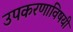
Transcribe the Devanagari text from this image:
उपकरणाविषयी